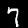
Label: 7